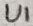
Text: U1